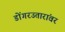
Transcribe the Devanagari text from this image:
डोंगरउतारांवर